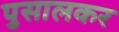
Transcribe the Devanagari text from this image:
पुसालकर